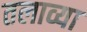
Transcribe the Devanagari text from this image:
तलाव्या